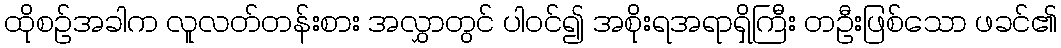
ထိုစဉ်အခါက လူလတ်တန်းစား အလွှာတွင် ပါဝင်၍ အစိုးရအရာရှိကြီး တဦးဖြစ်သော ဖခင်၏